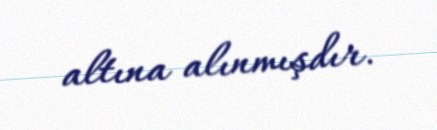
altına alınmışdır.